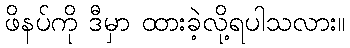
ဖိနပ်ကို ဒီမှာ ထားခဲ့လို့ရပါသလား။